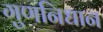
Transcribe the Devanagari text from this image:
गुणनिधान